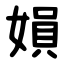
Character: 㜏